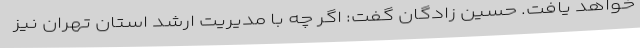
خواهد یافت. حسین زادگان گفت: اگر چه با مدیریت ارشد استان تهران نیز